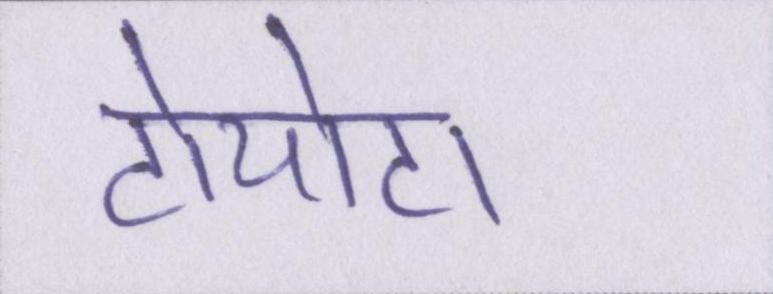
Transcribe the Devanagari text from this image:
टोयोटा